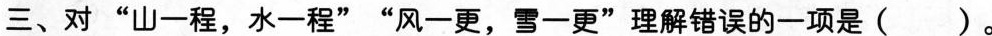
三、对”山一程，水一程””风一更，雪一更”理解错误的一项是( )。